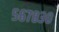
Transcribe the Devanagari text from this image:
५६७८३०